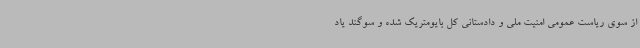
از سوی ریاست عمومی امنیت ملی و دادستانی کل بایومتریک شده و سوگند یاد